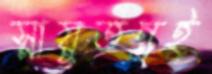
স্নায়ুতন্ত্রই